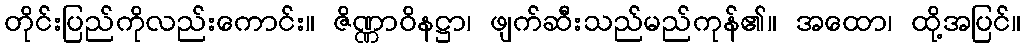
တိုင်းပြည်ကိုလည်းကောင်း။ ဇိဏ္ဏာဝိနဋ္ဌာ၊ ဖျက်ဆီးသည်မည်ကုန်၏။ အထော၊ ထို့အပြင်။